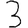
Digit: 3